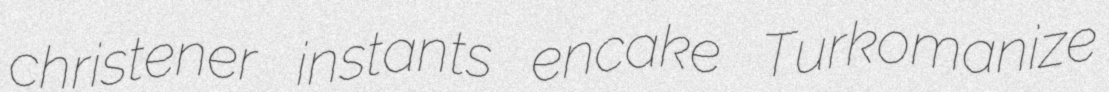
christener instants encake Turkomanize